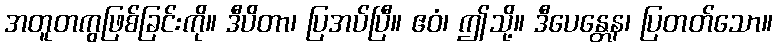
အတူတကွဖြစ်ခြင်းကို။ ဒီပိတာ၊ ပြအပ်ပြီ။ ဧဝံ၊ ဤသို့။ ဒီပေန္တေန၊ ပြတတ်သော။